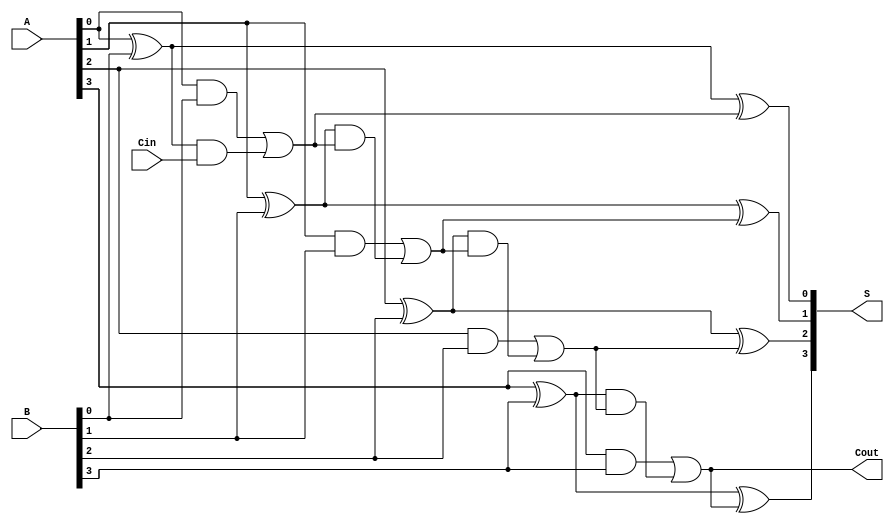
module LingAdder #(parameter n = 4) (
    input  [n-1:0] A,  // First n-bit input
    input  [n-1:0] B,  // Second n-bit input
    input         Cin,  // Carry-in
    output [n-1:0] S,   // Sum output
    output        Cout   // Carry-out
);

// Generate and Propagate signals
wire [n-1:0] G;  // Generate signals
wire [n-1:0] P;  // Propagate signals
wire [n:0] C;    // Carry signals

// Generate and Propagate logic
genvar i;
generate
    for (i = 0; i < n; i = i + 1) begin : GP_Calculation
        assign G[i] = A[i] & B[i];       // Generate
        assign P[i] = A[i] ^ B[i];       // Propagate
    end
endgenerate

// Carry out calculations using carry look-ahead
assign C[0] = G[0] | (P[0] & Cin);  // Carry-out for bit 0
generate
    for (i = 1; i < n; i = i + 1) begin : Carry_Calculation
        assign C[i] = G[i] | (P[i] & C[i-1]);  // Carry-out for bit i
    end
endgenerate
assign Cout = C[n-1]; // Final carry-out

// Sum calculation
generate
    for (i = 0; i < n; i = i + 1) begin : Sum_Calculation
        assign S[i] = P[i] ^ C[i];  // Sum bit i
    end
endgenerate

endmodule